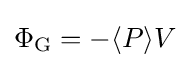
\Phi _{\text{G}}=-\langle P\rangle V